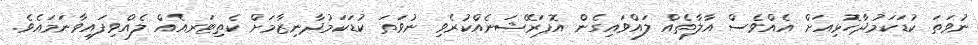
ނުވަތަ ކުޑަކަމުދާހޮޅިއަށް އެއްވެސް އާލާތެއް ލައްވައިގެން އޮޕަރޭޝަނެއްކުރެވި ނުވަތަ ކުޑަކަމުދާނިޒާމަށް ކެތިޓަރއެއް ލެއްވިފައިވާނަމައެވެ.